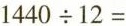
$$1 4 4 0 \div 1 2 =$$